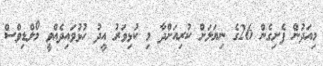
މިއަދުން ފެށިގެން 26ގެ ނިޔަލަށް ކުރިއަށްދާ މި ކުޅިވަރު އީދު ހުޅުވައިދެއްވީ މޯލްޑިވްސް